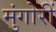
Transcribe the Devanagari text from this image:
मुंगोरीं